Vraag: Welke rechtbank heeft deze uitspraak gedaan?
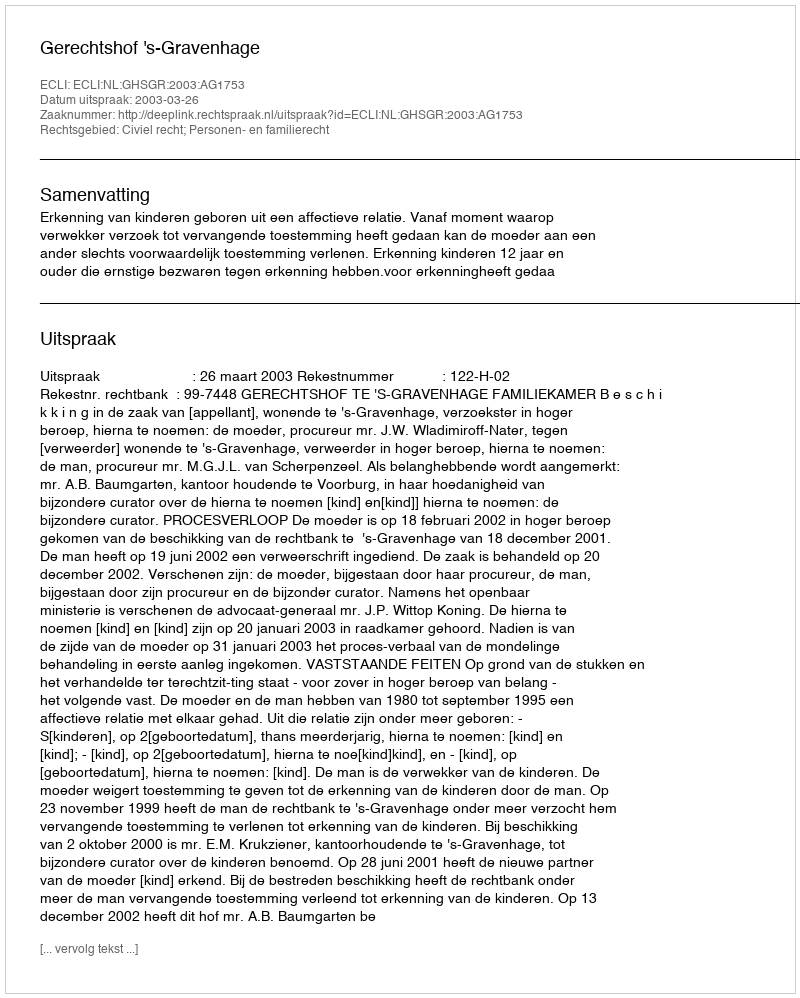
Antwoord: Gerechtshof 's-Gravenhage